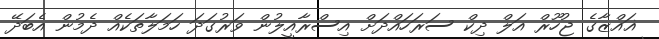
ޣައްޒާގެ ޖުހޫރް އަލް ދިކް ސަރަހައްދަށް އިސްރާއީލުން ވަރުގަދަ ހަމަލާތަކެއް ދެމުން އެބަދޭ